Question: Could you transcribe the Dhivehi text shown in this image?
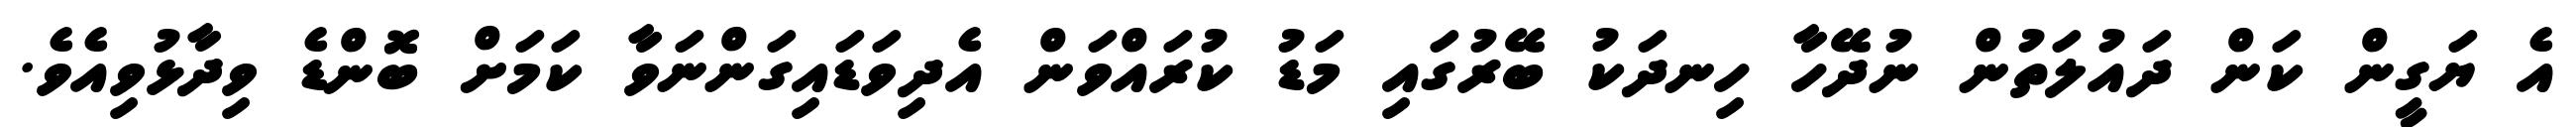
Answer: އެ ޔަގީން ކަން ދައުލަތުން ނުދޭހާ ހިނދަކު ބޭރުގައި މަޑު ކުރައްވަން އެދިވަޑައިގަންނަވާ ކަމަށް ބޮންޑެ ވިދާޅުވިއެވެ.